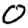
Digit: 0